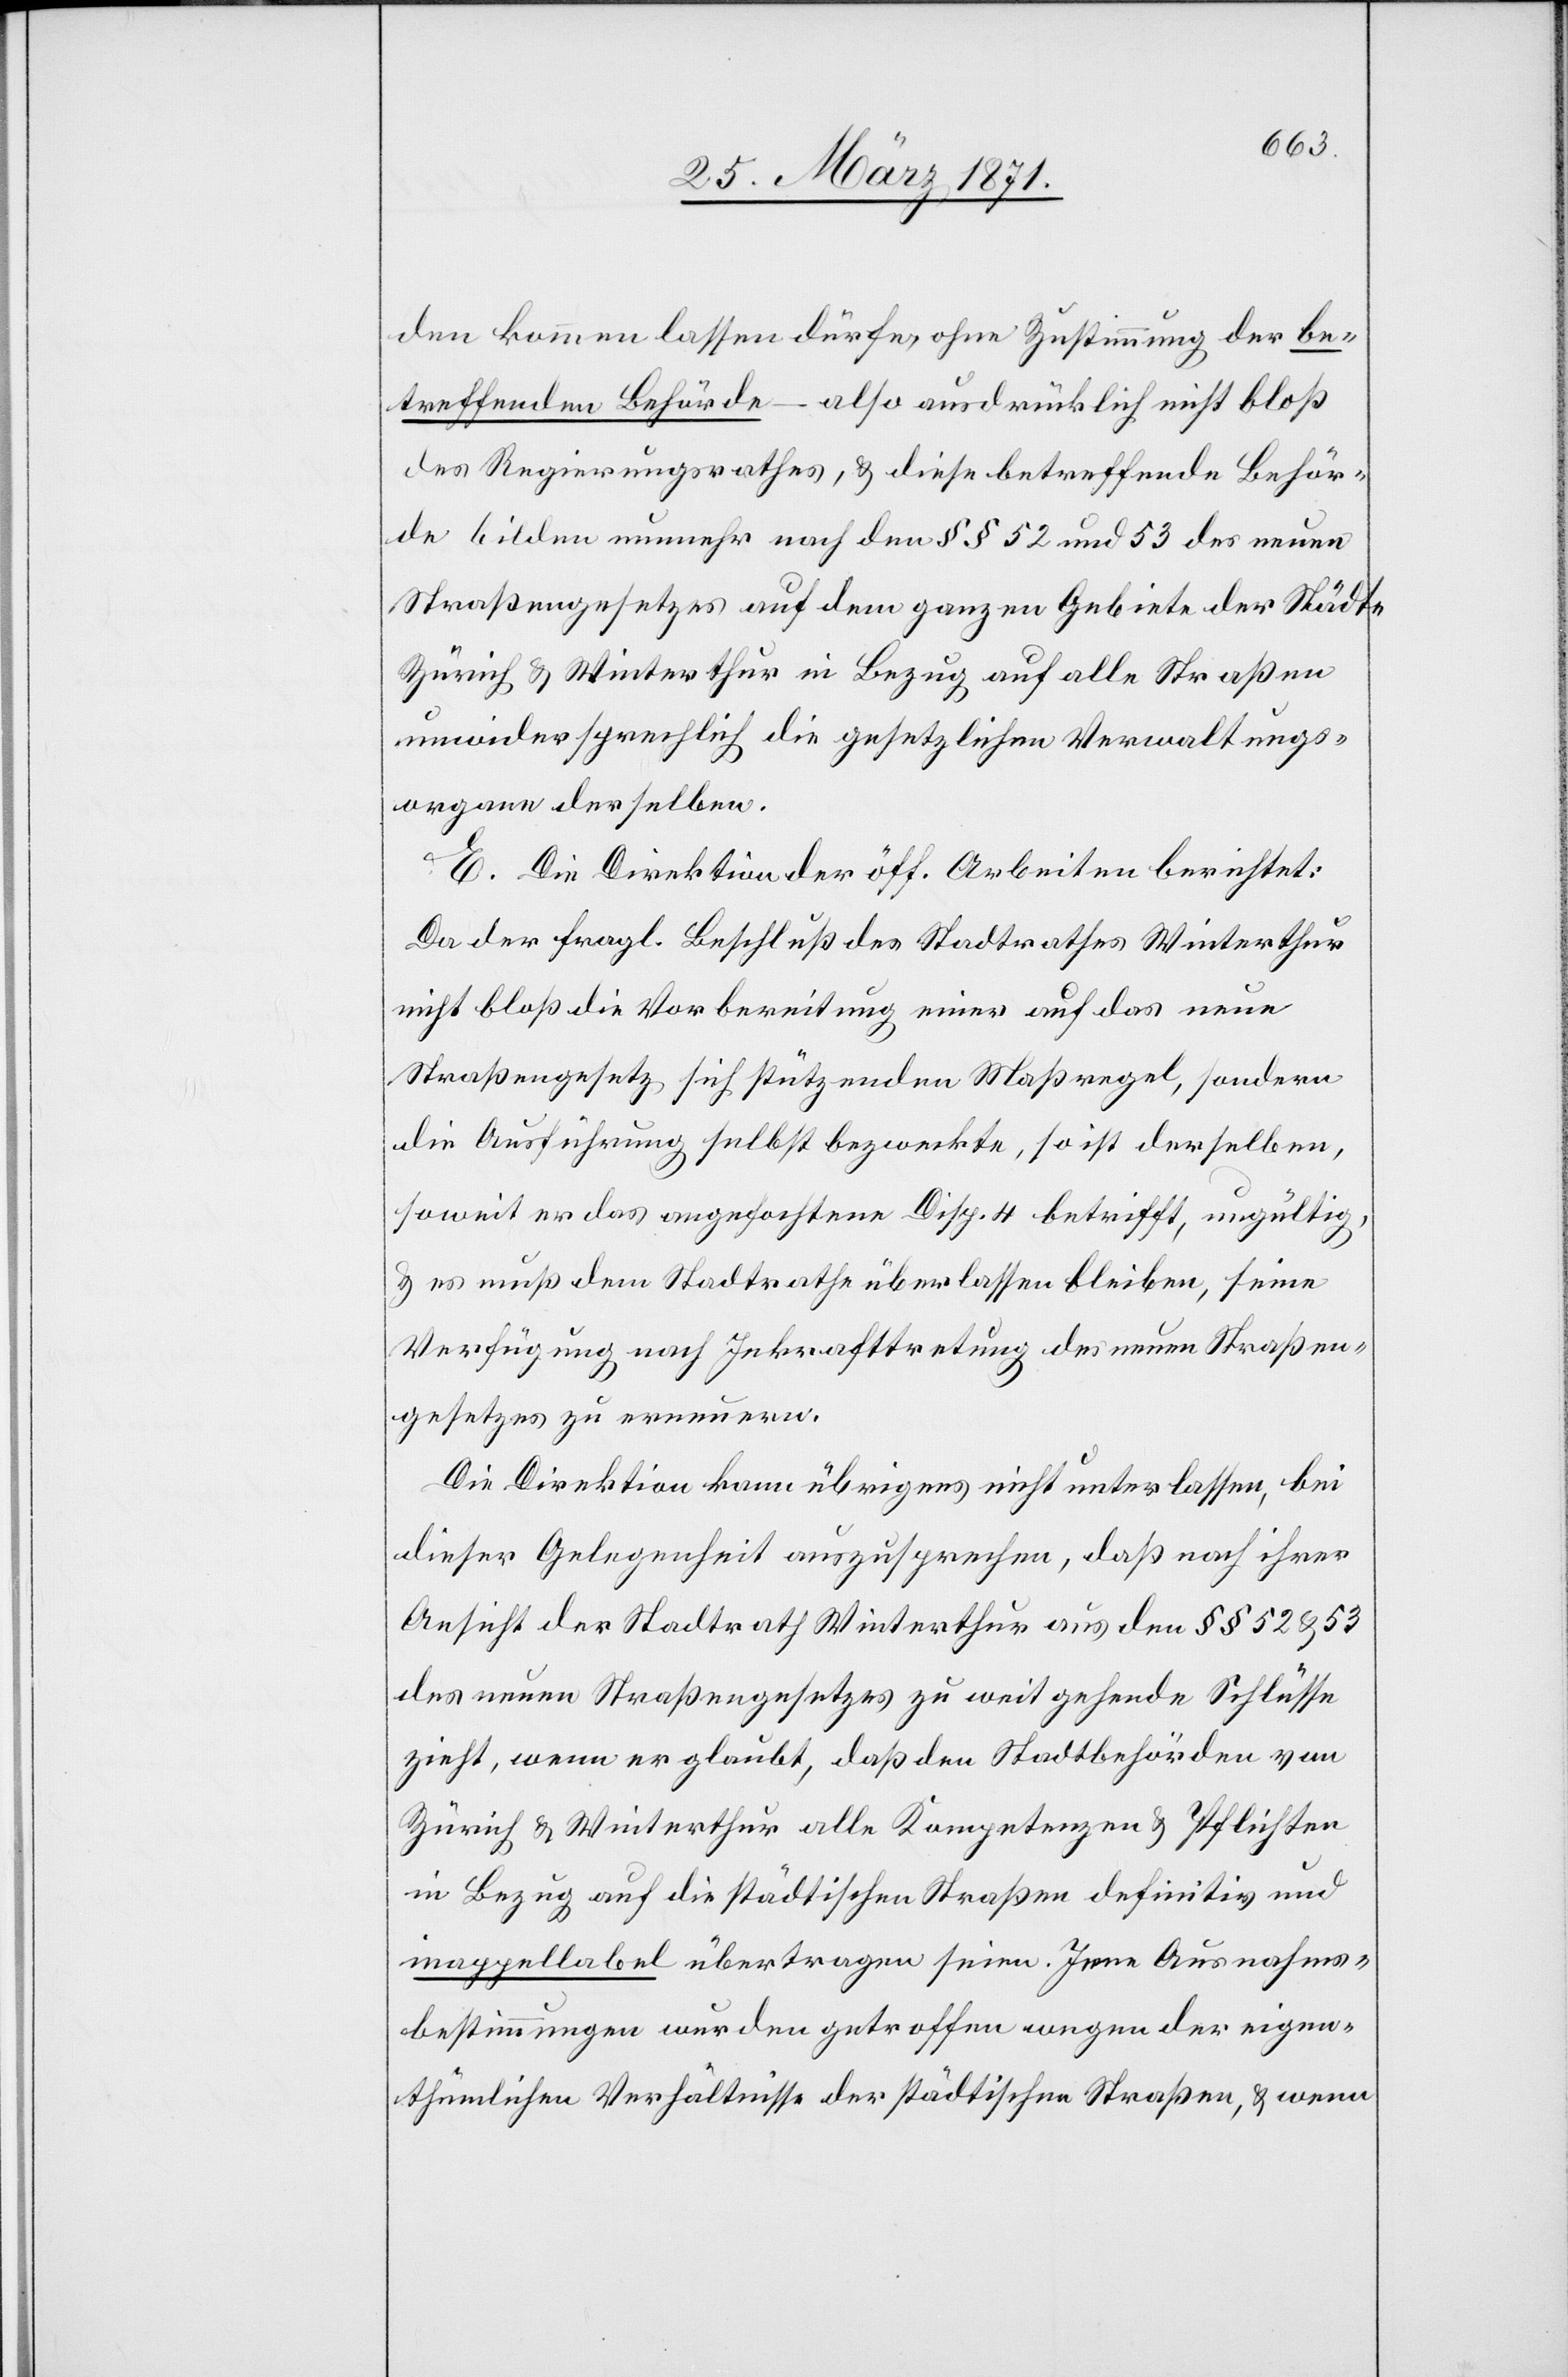
den kommen lassen dürfe, ohne Zustimmung der be¬
treffenden Behörde – also ausdrücklich nicht bloß
des Regierungsrathes, u. diese betreffende Behör¬
de bilden nunmehr nach den §§ 52 und 53 des neuen
Straßengesetzes auf dem ganzen Gebiete der Städte
Zürich u. Winterthur in Bezug auf alle Straßen
unwidersprechlich die gesetzlichen Verwaltungs¬
organe derselben.
E. Die Direktion der öff. Arbeiten berichtet:
Da der fragl. Beschluß des Stadtrathes Winterthur
nicht bloß die Vorbereitung einer auf das neue
Straßengesetz sich stützenden Maßregel, sondern
die Ausführung selbst bezweckte, so ist derselben,
soweit er das angefochtene Disp. 4 betrifft, ungültig,
u. es muß dem Stadtrathe überlassen bleiben, seine
Verfügung nach Inkrafttretung des neuen Straßen¬
gesetzes zu erneuern.
Die Direktion kann übrigens nicht unterlasse, bei
dieser Gelegenheit auszusprechen, daß nach ihrer
Ansicht der Stadtrath Winterthur aus den §§ 52 u. 53
des neuen Straßengesetzes zu weit gehende Schlüsse
zieht, wenn er glaubt, daß den Stadtbehörden von
Zürich u. Winterthur alle Kompetenzen u. Pflichten
in Bezug auf die städtischen Straßen definitiv und
inappellabel übertragen seien. Jene Ausnahms¬
bestimmungen wurden getroffen wegen der eigen¬
thümlichen Verhältnisse der städtischen Straßen, u. wenn